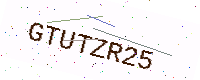
Text: GTUTZR25